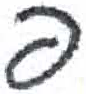
אות: פ